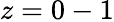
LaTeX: z=0-1